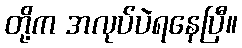
တို့က အလုပ်ပဲရနေပြီ။